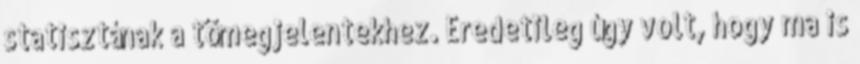
statisztának a tömegjelentekhez. Eredetileg úgy volt, hogy ma is